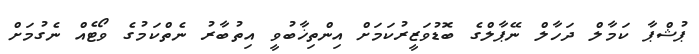
ޕުޝްޕާ ކަމާލް ދަހާލް ނޭޕާލްގެ ބޮޑުވަޒީރުކަމަށް އިންތިޚާބުވީ އިތުބާރު ނެތްކަމުގެ ވޯޓެއް ނެގުމަށް